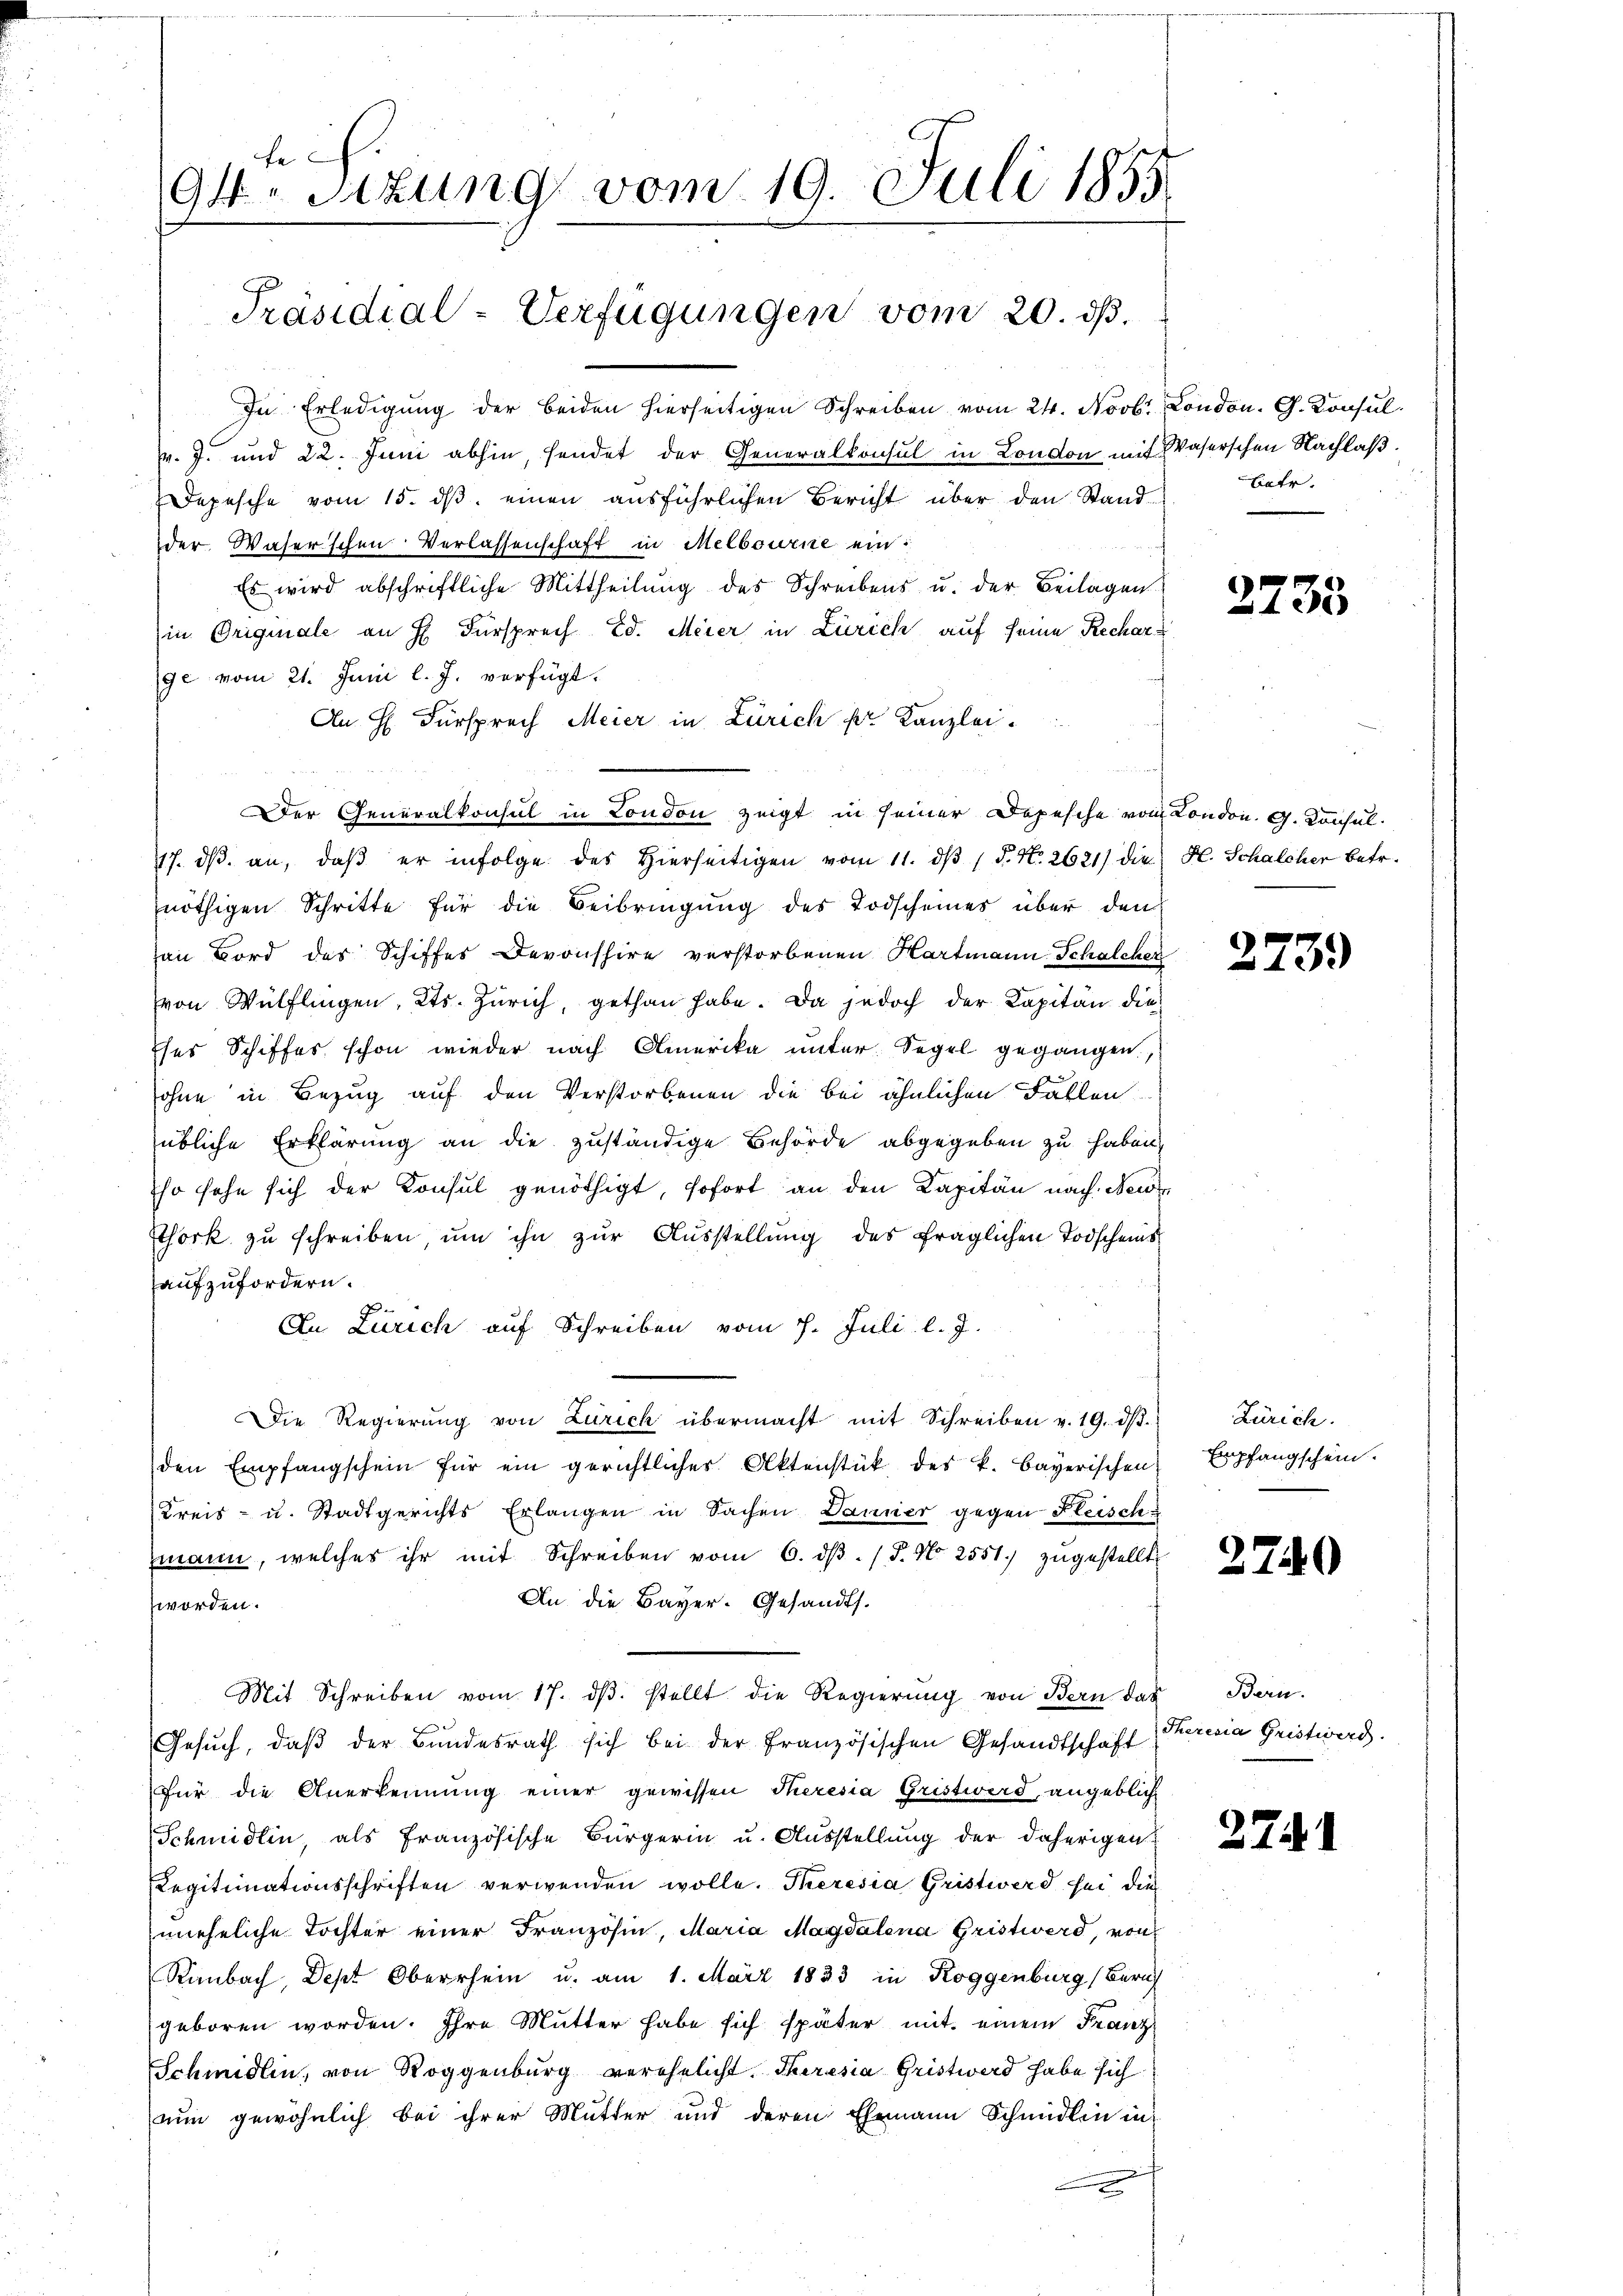
fe
94. Sitzung vom 19. Juli 1855

Präsidial-Verfügungen vom 20. ds.

In Erledigung der beiden hierseitigen Schreiben vom 24. Novbr. London. G. Konsul
v. 7. und 22. Juni abhin, sendet der Generalkonsul in London mit Waserschen Nachlaβ.
Depesche vom 15. ds. einen ausführlichen Bericht über den Stand
der Waserschen Verlassenschaft in Melbowene ein:
Es wird abschriftliche Mittheilŭng des Schreibens u. der Beilagen
in Originale an H. Fürsprech Ed. Meier in Zürich auf seine Recharge vom 21. Juni l. J. verfügt:
An H. Fürsprach Meier in Zürich pr. Kanzlei.
Der Generalkonsul in London zeigt in seiner Depesche von London. G. Konsul¬
117. dβ an, daβ er infolge des hierseitigen vom 11. dβ / P. N. 2621) die H. Schalcher betr.
nöthigen Schritte für die Beibringung des Todscheines über den
an Bord des Schiffes Davonshire verstorbenen Hartmann Schalcher
von Wülflingen, Kts. Zürich, gethan habe. Da jedoch der Kapitän die
ses Schiffes schon wieder nach Amerika unter Segel gegangen.
ohne in Bezug auf den Verstorbenen die bei ähnlichen Fallen
übliche Erklärung an die zuständige Behörde abgegeben zu haben,
so sehe sich der Konsul genöthigt, sofort an den Kapitän nach New
Ethork zŭ schreiben ŭm ihn zŭr Aŭsstellŭng des fraglichen Todscheins
aufzufordern.
An Zürich auf Schreiben vom 7. Juli l. J.
Die Regierŭng von Zürich übermacht mit Schreiben v. 19. dβ.
den Empfangschein für ein gerichtliches Aktenstück des k. bayerischen
Kreis- u. Stadtgerichts Erlangen in Sachen Danner gegen Fleisch
mann, welches ihr mit Schreiben vom 6. dβ. / 5. No. 2551. zugestellt
An die Bayer. Gesandts.
worden.
Mit Schreiben vom 17. dβ. stellt die Regierŭng von Bern das Bern.
Gesŭch, daβ der Bŭndesrath sich bei der französischen Gesandtschaft
Für die Anerkennung einer gewissen Theresia Gristwerd, angeblich
Schmidlin, als französische Bürgerin u. Ausstellung der daherigen
Legitimationsschriften verwenden wolle. Theresia Gristwerd sei die
uneheliche Tochter einer Französin, Maria Magdalena Gristwerd, von
Rimbach, Dept Oberrhein u. am 1. März 1833 in Roggenburg (Beruf
geboren worden. Ihre Mutter habe sich später mit einem Franz
Schmidlin, von Roggenburg verehelicht. Theresia Gristwerd habe sich
nun gewöhnlich bei ihrer Mutter und deren Ehemann Schmidlin in
n

Batr.

25

135

2739

Zürich.
Empfangschein.

2740

Theresia Gristwerd

2741